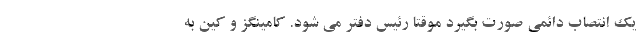
یک انتصاب دائمی صورت بگیرد موقتا رئیس دفتر می شود. کامینگز و کین به